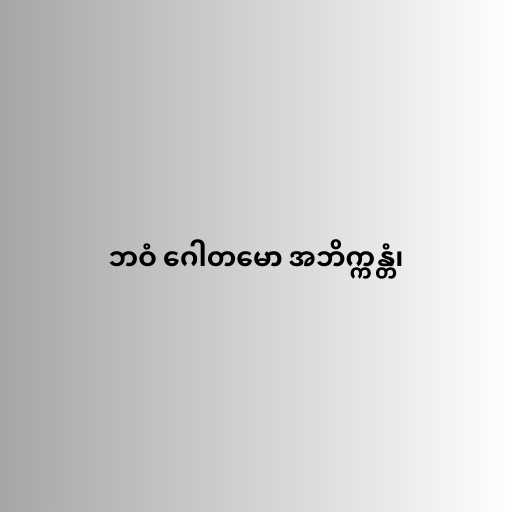
ဘဝံ ဂေါတမော အဘိက္ကန္တံ၊